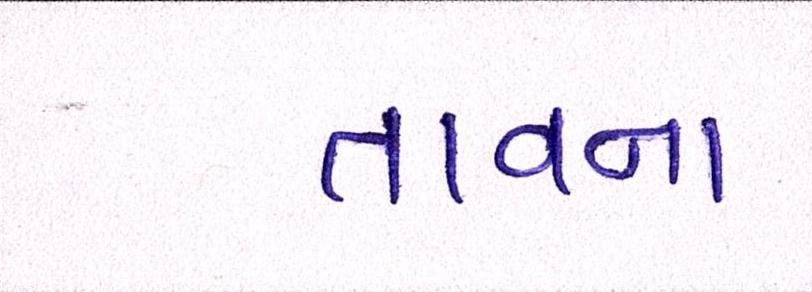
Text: તાવના